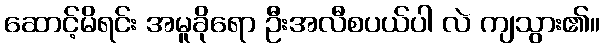
ဆောင့်မိရင်း အမူခိုရော ဦးအလီစပယ်ပါ လဲ ကျသွား၏။